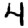
Digit: 4